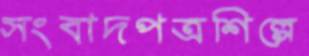
সংবাদপত্রশিল্পে